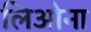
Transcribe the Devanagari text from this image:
लिओना